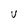
Character: U